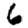
Digit: 6